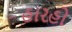
હારહો